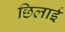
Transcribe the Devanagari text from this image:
छिलाई